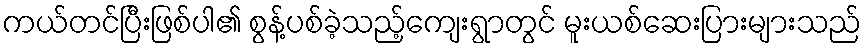
ကယ်တင်ပြီးဖြစ်ပါ၏ စွန့်ပစ်ခဲ့သည့်ကျေးရွာတွင် မူးယစ်ဆေးပြားများသည်